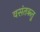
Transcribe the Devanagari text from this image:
वसंतऋतु